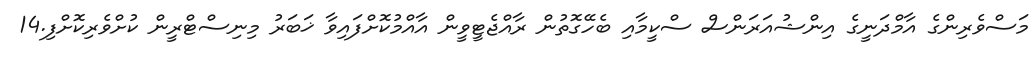
މަސްވެރިންގެ އާމްދަނީގެ އިންޝުއަރަންސް ސްކީމާއި ބެހޭގޮތުން ރާއްޖެޓީވީން އާއްމުކޮށްފައިވާ ޚަބަރު މިނިސްޓްރީން ކުށްވެރިކޮށްފި.14